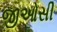
જીઓસી